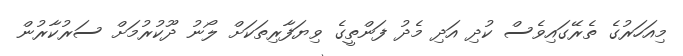
މިއަހަރުގެ ތެރޭގައިވެސް ކުދި އަދި މެދު ފަންތީގެ ވިޔަފާރިތަކަށް ލޯނު ދޫކުރުމަށް ސަރުކާރުން